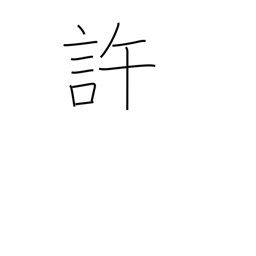
Meaning: approve